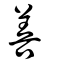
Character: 譱